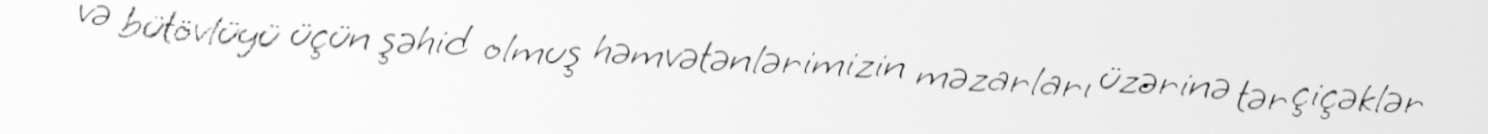
və bütövlüyü üçün şəhid olmuş həmvətənlərimizin məzarları üzərinə tər çiçəklər